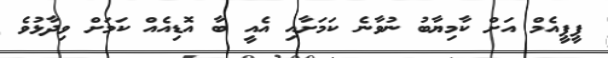
ޕީޕީއެމް އަށް ކާމިޔާބު ނުވާނެ ކަމަށާއި އެއީ ބާ އޮޑިއެއް ކަމަށް ވިދާޅުވެ